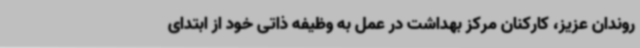
روندان عزیز، کارکنان مرکز بهداشت در عمل به وظیفه ذاتی خود از ابتدای